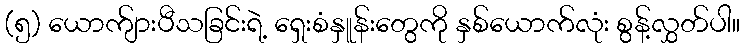
(၅) ယောက်ျားပီသခြင်းရဲ့ ရှေးစံနှူန်းတွေကို နှစ်ယောက်လုံး စွန့်လွှတ်ပါ။